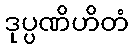
ဒုပ္ပဏိဟိတံ